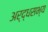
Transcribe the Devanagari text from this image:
अर्द्धसभ्य